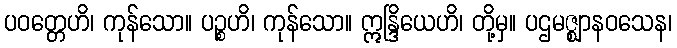
ပဝတ္တေဟိ၊ ကုန်သော။ ပဉ္စဟိ၊ ကုန်သော။ ဣန္ဒြိယေဟိ၊ တို့မှ။ ပဌမဇ္ဈာနဝသေန၊